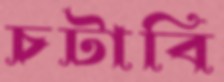
চটাবি